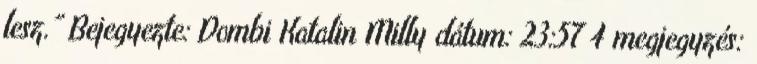
lesz.” Bejegyezte: Dombi Katalin Milly dátum: 23:57 4 megjegyzés: